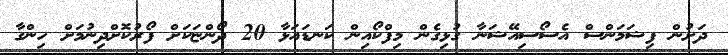
ދަށުން ފިޝަމަންސް އެސޯސިއޭޝަނާ ގުޅިގެން މިފްކޯއިން ކަނޑައަޅާ 20 ދޯންޏަކަށް ފޯރުކޮށްދިނުމަށް ހިންގާ